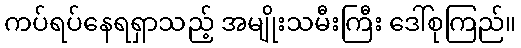
ကပ်ရပ်နေရရှာသည့် အမျိုးသမီးကြီး ဒေါ်စုကြည်။